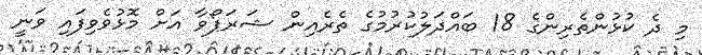
މި ދެ ކުޅުންތެރިންގެ 18 ބައްދަލުކުރުމުގެ ތެރެއިން ޝަރަޕޯވާ އަށް މޮޅުވެވިފައި ވަނީ